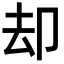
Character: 却